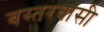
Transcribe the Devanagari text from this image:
बस्तरवासी